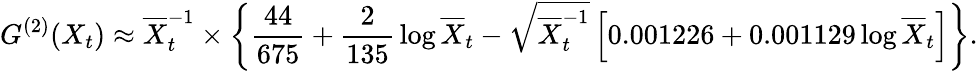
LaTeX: G^{(2)}(X_{t})\approx{\overline{{{X}}}_{t}^{-1}}\times\left\{ {\frac{44}{675}}+{\frac{2}{135}}\log\overline{{{X}}}_{t}-\sqrt{\overline{{{X}}}_{t}^{-1}}\left[0.001226+0.001129\log\overline{{{X}}}_{t}\right]\right\} .